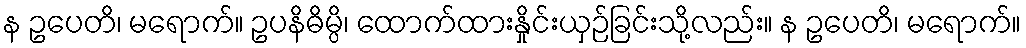
န ဥပေတိ၊ မရောက်။ ဥပနိဓိမ္ပိ၊ ထောက်ထားနှိုင်းယှဉ်ခြင်းသို့လည်း။ န ဥပေတိ၊ မရောက်။